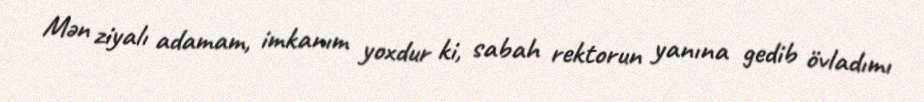
Mən ziyalı adamam, imkanım yoxdur ki, sabah rektorun yanına gedib övladımı